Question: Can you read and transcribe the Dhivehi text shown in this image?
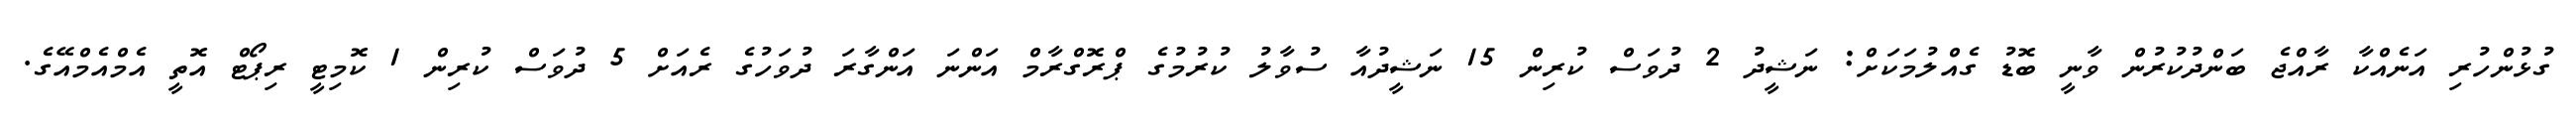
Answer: ގުޅުންހުރި އަނެއްކާ ރާއްޖެ ބަންދުކުރުން ވާނީ ބޮޑު ގެއްލުމަކަށް: ނަޝީދު 2 ދުވަސް ކުރިން 15 ނަޝީދުއާ ސުވާލު ކުރުމުގެ ޕްރޮގްރާމް އަންނަ އަންގާރަ ދުވަހުގެ ރެއަށް 5 ދުވަސް ކުރިން 1 ކޮމިޓީ ރިޕޯޓް އޮތީ އެމްއެމްއޭގެ.